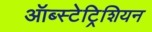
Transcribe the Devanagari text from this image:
ऑब्स्टेट्रिशियन